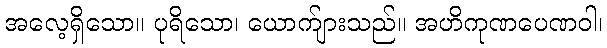
အလေ့ရှိသော။ ပုရိသော၊ ယောက်ျားသည်။ အဟိကုဏပေဏဝါ၊